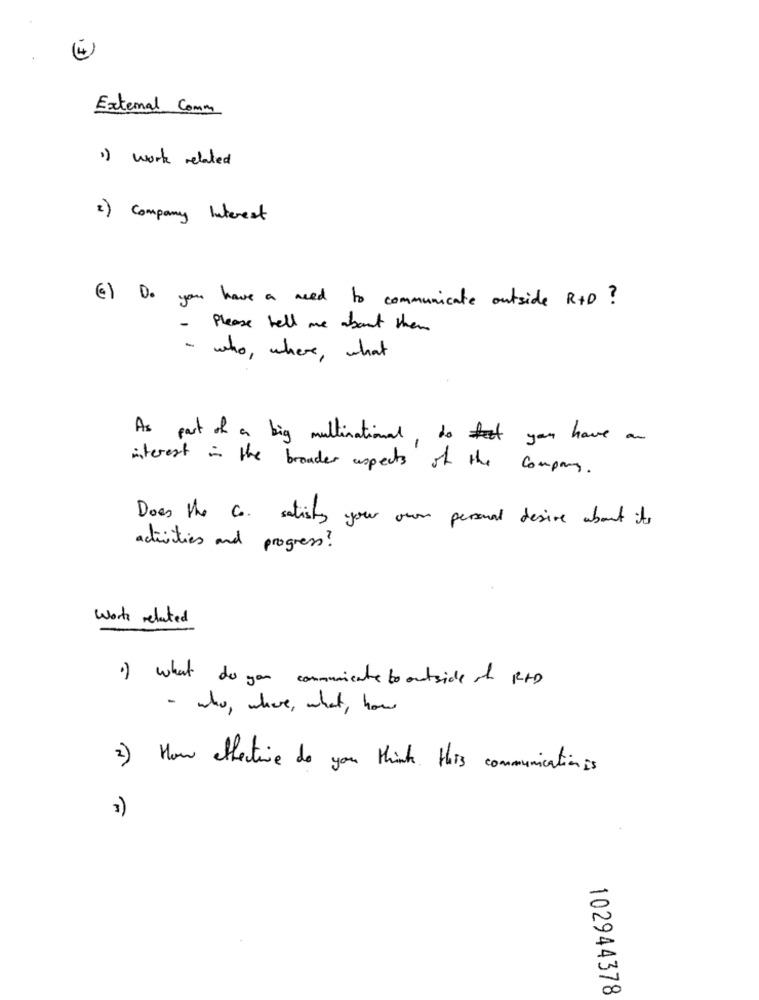
(4)
External Comm
1) work related
2) Company Interest
6) Do you have a need to communicate outside R+D ?
-
Please tell me about them
- who, where, what
As part of a big multinational , do you have an
interest in the broader aspects of the company .
Does the Co. satisfy your own personal desire about its
activities and progress ?
Work related
1) What do you communicatie to outside of R+D
- who , where , what , how
2) How effective do you think this communication is
3)
-
00
102944378